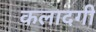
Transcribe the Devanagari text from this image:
कलादगी